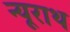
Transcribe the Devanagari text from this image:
न्यूराथ